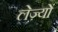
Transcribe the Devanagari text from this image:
लेज़्यों